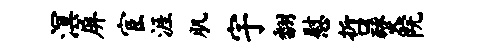
溟屏宦涯肌宇翻慰哲燹院